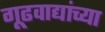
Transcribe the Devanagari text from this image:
गूढवाद्यांच्या